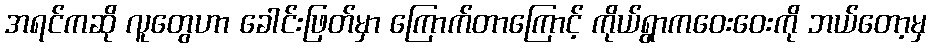
အရင်ကဆို လူတွေဟာ ခေါင်းဖြတ်မှာ ကြောက်တာကြောင့် ကိုယ်ရွာကဝေးဝေးကို ဘယ်တော့မှ